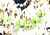
تويوتا